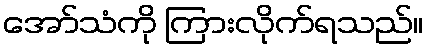
အော်သံကို ကြားလိုက်ရသည်။